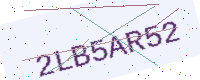
Text: 2LB5AR52